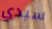
سيدي